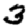
Digit: 3